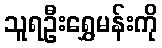
သူရဦးရွှေမန်းကို